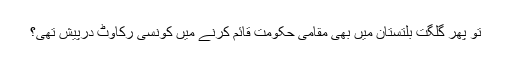
تو پھر گلگت بلتستان میں بھی مقامی حکومت قائم کرنے میں کونسی رکاوٹ درپیش تھی؟